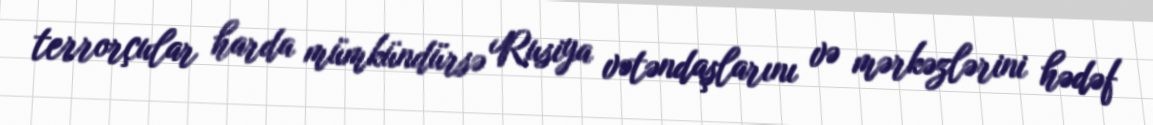
terrorçular harda mümkündürsə Rusiya vətəndaşlarını və mərkəzlərini hədəf